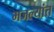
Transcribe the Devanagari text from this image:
मजल्यांत